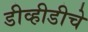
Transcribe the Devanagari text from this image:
डीव्हीडीचे